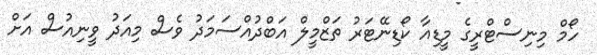
ހޯމް މިނިސްޓްރީގެ މީޑިއާ ކޯޑިނޭޓަރު ތަޒްމީލް އަބްދުއްސަމަދު ވެސް މިއަދު ވީނިއުސް އަށް